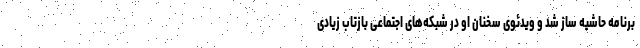
برنامه حاشیه ساز شد و ویدئوی سخنان او در شبکه‌های اجتماعی بازتاب زیادی